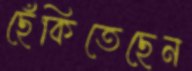
ছেঁকিতেছেন